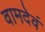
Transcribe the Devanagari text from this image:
वामदेवं